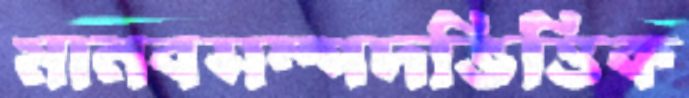
মানবসম্পদভিত্তিক